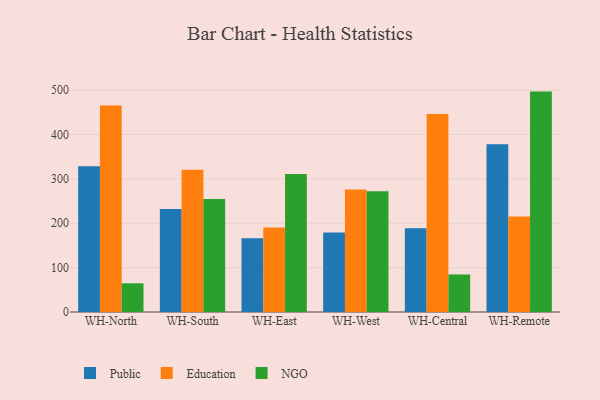
{"axis": {"x": "Warehouse", "y": "Net Income (USD K)"}, "legend": ["Education", "NGO", "Public"], "data": [{"x": "WH-North", "y": 328.3, "type": "Public"}, {"x": "WH-North", "y": 465.2, "type": "Education"}, {"x": "WH-North", "y": 64.7, "type": "NGO"}, {"x": "WH-South", "y": 232.0, "type": "Public"}, {"x": "WH-South", "y": 320.7, "type": "Education"}, {"x": "WH-South", "y": 254.6, "type": "NGO"}, {"x": "WH-East", "y": 166.4, "type": "Public"}, {"x": "WH-East", "y": 190.4, "type": "Education"}, {"x": "WH-East", "y": 310.8, "type": "NGO"}, {"x": "WH-West", "y": 178.9, "type": "Public"}, {"x": "WH-West", "y": 276.3, "type": "Education"}, {"x": "WH-West", "y": 272.2, "type": "NGO"}, {"x": "WH-Central", "y": 189.0, "type": "Public"}, {"x": "WH-Central", "y": 446.4, "type": "Education"}, {"x": "WH-Central", "y": 84.6, "type": "NGO"}, {"x": "WH-Remote", "y": 378.2, "type": "Public"}, {"x": "WH-Remote", "y": 215.5, "type": "Education"}, {"x": "WH-Remote", "y": 496.7, "type": "NGO"}]}